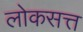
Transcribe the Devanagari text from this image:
लोकसत्त